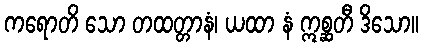
ကရောတိ သော တထတ္တာနံ၊ ယထာ နံ ဣစ္ဆတီ ဒိသော။